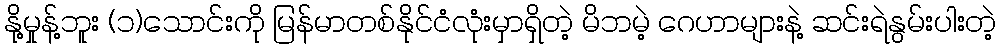
နို့မှုန့်ဘူး (၁)သောင်းကို မြန်မာတစ်နိုင်ငံလုံးမှာရှိတဲ့ မိဘမဲ့ ဂေဟာများနဲ့ ဆင်းရဲနွမ်းပါးတဲ့